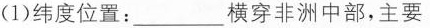
( 1 ) 纬度位置：___ 横穿非洲中部，主要